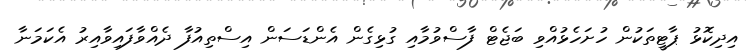
އިދިކޮޅު ޕާޓީތަކުން ހުށަހެޅުއްވި ބަޖެޓް ފާސްވުމާއި ގުޅިގެން އެންޑަސަން އިސްތިއުފާ ދެއްވާފައިވާއިރު އެކަމަނާ